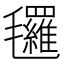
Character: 𣱀